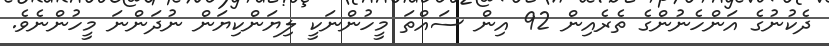
ދެކުނުގެ އަންހެނުންގެ ތެރެއިން 92 އިން ސައްތަ މީހުންނަކީ ލިޔަންކިޔަން ނުދަންނަ މީހުންނެވެ.